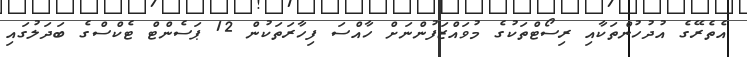
އެތެރޭގެ އުދުހުންތަކާއި ރިސޯޓްތަކުގެ މުވައްޒަފުންނަށް ހާއްސަ ފިހާރަތަކުން 12 ޕަސެންޓް ޓެކްސްގެ ބަދަލުގައި